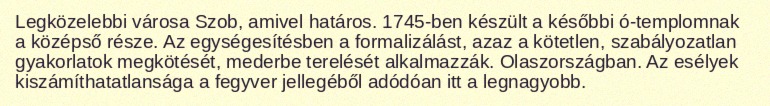
Legközelebbi városa Szob, amivel határos. 1745-ben készült a későbbi ó-templomnak a középső része. Az egységesítésben a formalizálást, azaz a kötetlen, szabályozatlan gyakorlatok megkötését, mederbe terelését alkalmazzák. Olaszországban. Az esélyek kiszámíthatatlansága a fegyver jellegéből adódóan itt a legnagyobb.